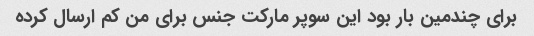
برای چندمین بار بود این سوپر مارکت جنس برای من کم ارسال کرده